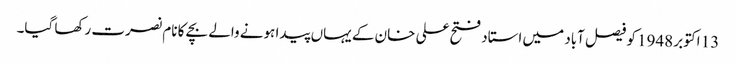
13 اکتوبر 1948 کو فیصل آباد میں استاد فتح علی خان کے یہاں پیدا ہونے والے بچے کا نام نصرت رکھا گیا۔